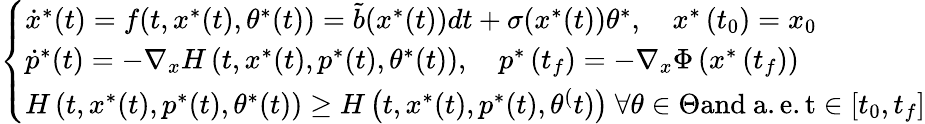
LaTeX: \left\{ \begin{array}{l}{\dot{x}^{*}(t)=f(t,x^{*}(t),\theta^{*}(t))=\tilde{b}(x^{*}(t))dt+\sigma(x^{*}(t))\theta^{*},\quad x^{*}\left(t_{0}\right)=x_{0}}\\ {\dot{p}^{*}(t)=-\nabla_{x}H\left(t,x^{*}(t),p^{*}(t),\theta^{*}(t)\right),\quad p^{*}\left(t_{f}\right)=-\nabla_{x}\Phi\left(x^{*}\left(t_{f}\right)\right)}\\ {H\left(t,x^{*}(t),p^{*}(t),\theta^{*}(t)\right)\geq H\left(t,x^{*}(t),p^{*}(t),\theta^{(}t)\right)\ \forall\theta\in\Theta\mathrm{and~a.e.t}\in\left[t_{0},t_{f}\right]}\end{array}\right.